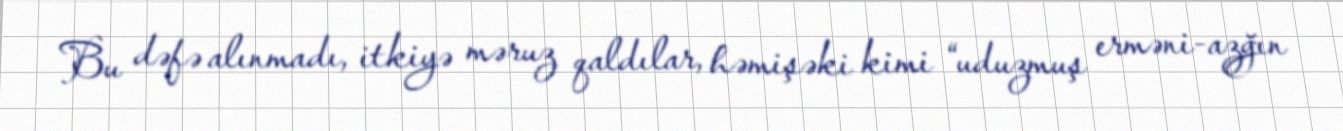
Bu dəfə alınmadı, itkiyə məruz qaldılar, həmişəki kimi “uduzmuş erməni-azğın